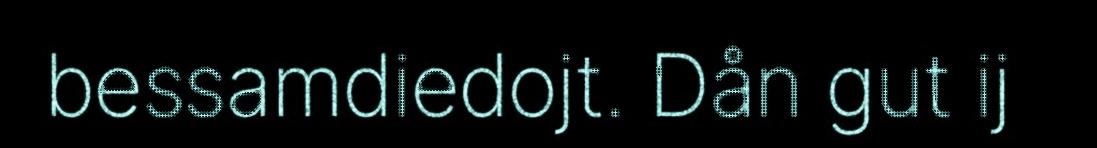
bessamdiedojt. Dån gut ij